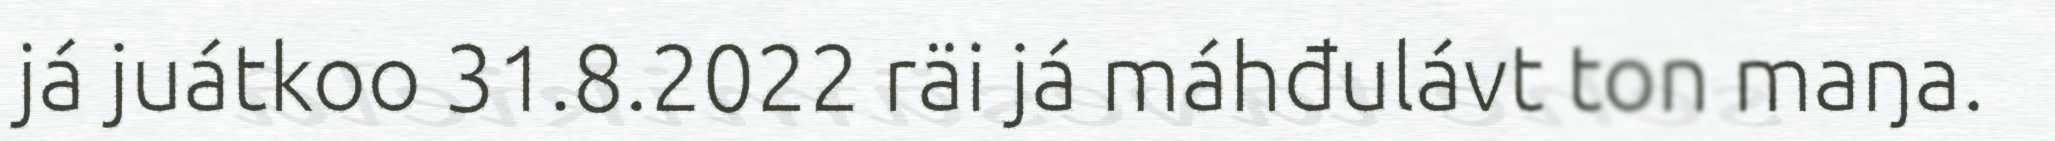
já juátkoo 31.8.2022 räi já máhđulávt ton maŋa.